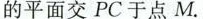
的平面交PC于点M.